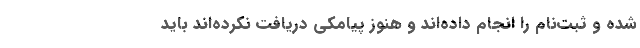
شده و ثبت‌نام را انجام داده‌اند و هنوز پیامکی دریافت نکرده‌اند باید